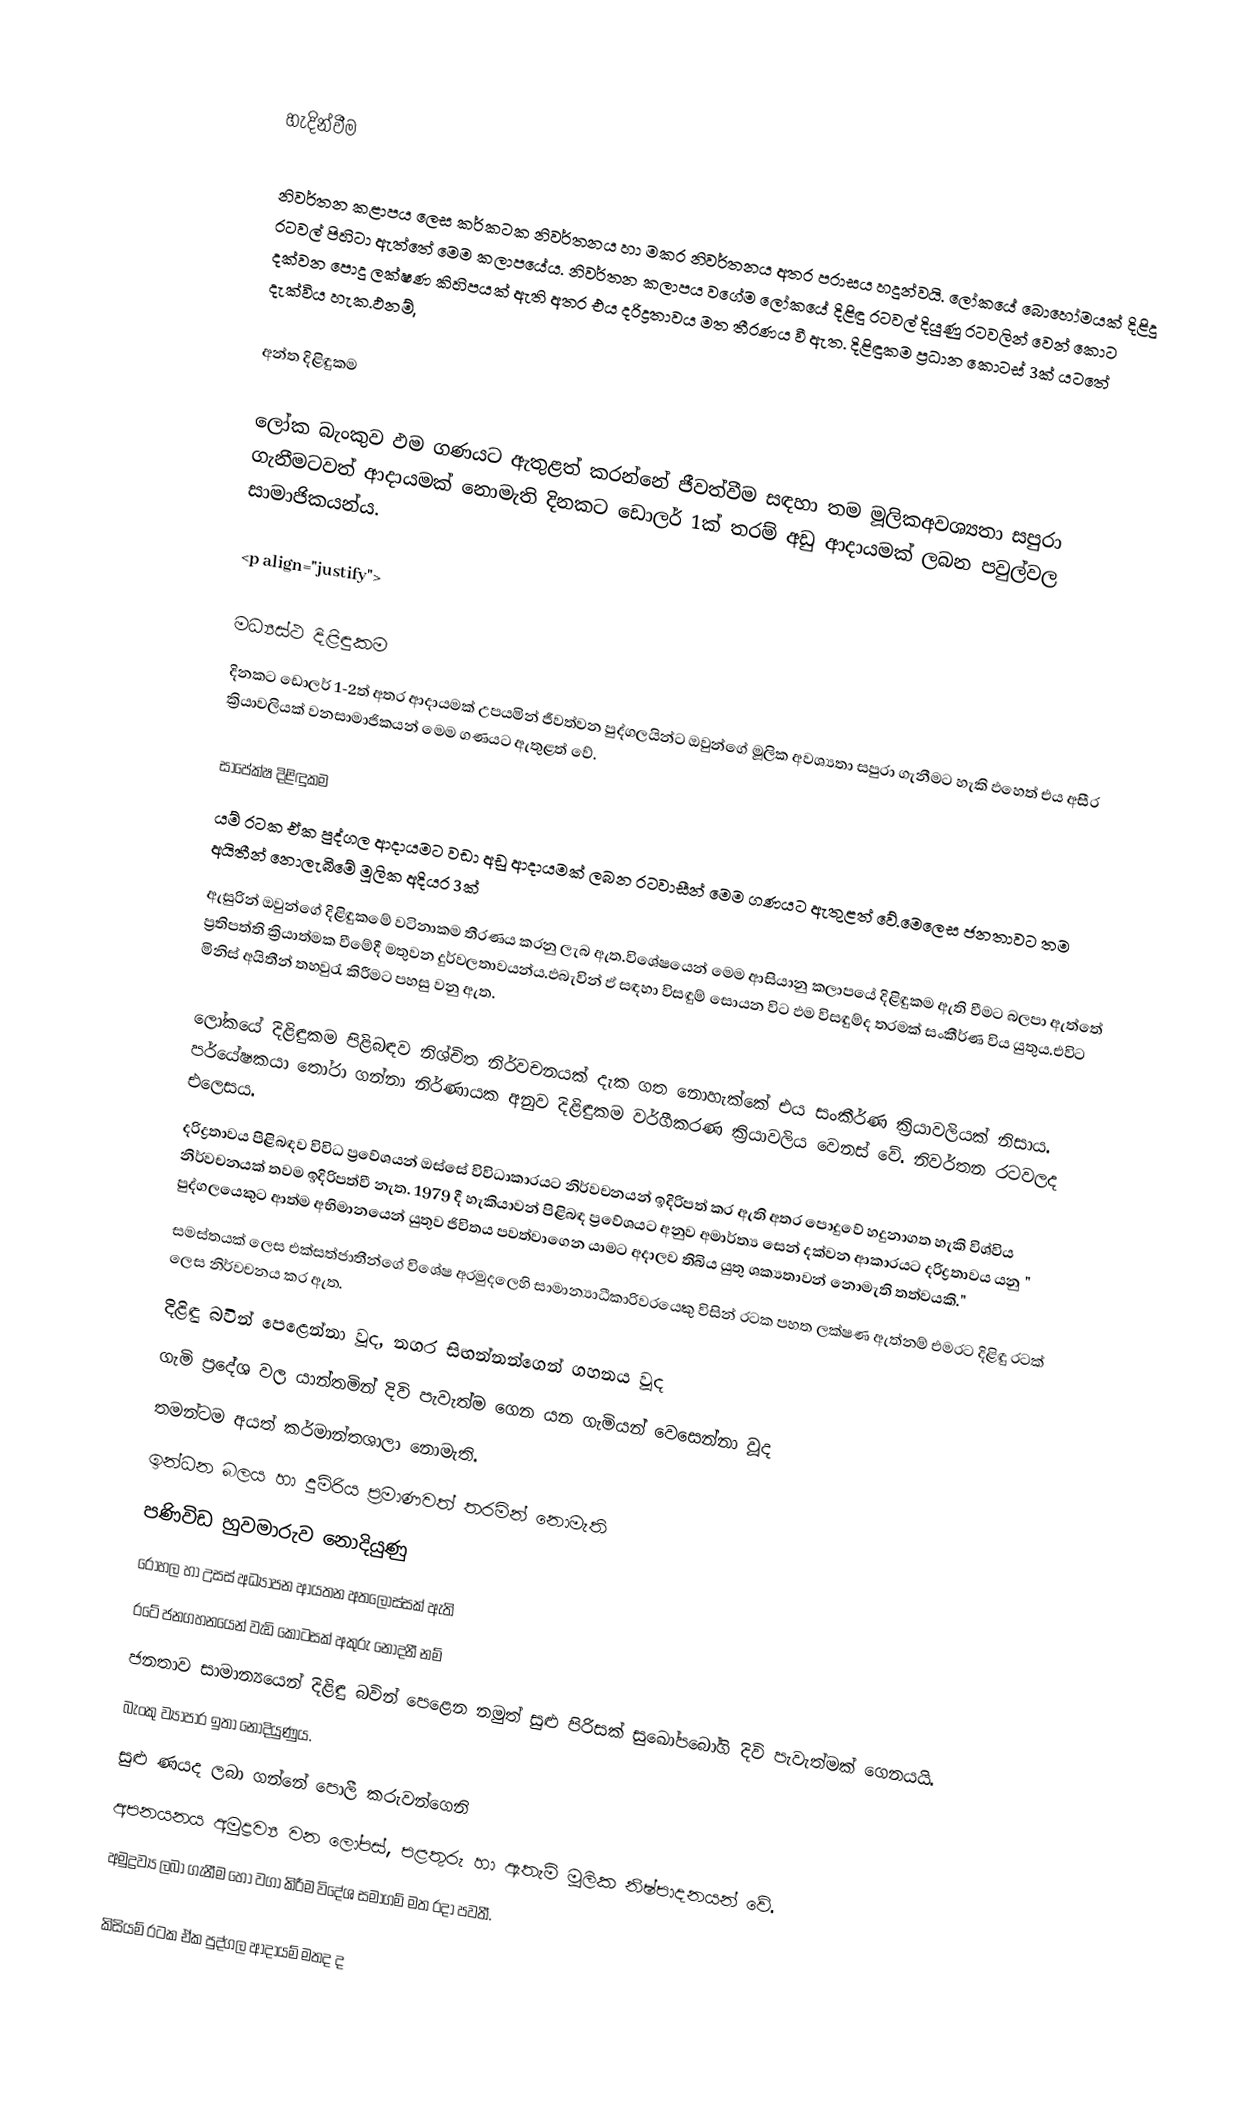

හැදින්වීම

නිවර්තන කළාපය ලෙස කර්කටක නිවර්තනය හා මකර   නිවර්තනය   අතර පරාසය හදුන්වයි. ලෝකයේ බොහෝමයක් දිළිදු රටවල් පිහිටා ඇත්තේ මෙම කලාපයේය. නිවර්තන කලාපය වගේම ලෝකයේ දිළිඳු රටවල් දියුණු රටවලින් වෙන් කොට දක්වන පොදු ලක්ෂණ කිහිපයක් ඇති අතර එය දරිද්‍රතාවය මත තීරණය වී ඇත. දිළිඳුකම ප්‍රධාන කොටස් 3ක් යටතේ දැක්විය හැක.ඵනම්,

අන්ත දිළිඳුකම

ලෝක බැංකුව ඵම ගණයට ඇතුළත් කරන්නේ ජීවත්වීම සඳහා තම මූලිකඅවශ්‍යතා සපුරා ගැනීමටවත් ආදායමක් නොමැති දිනකට ඩොලර් 1ක් තරම් අඩු ආදායමක් ලබන පවුල්වල සාමාජිකයන්ය.

<p align="justify">

මධ්‍යස්ථ දිළිඳුකම
දිනකට ඩොලර් 1-2ත් අතර ආදායමක් උපයමින් ජීවත්වන පුද්ගලයින්ට ඔවුන්ගේ මූලික අවශ්‍යතා සපුරා ගැනීමට හැකි ඵහෙත් එය අසීර ක්‍රියාවලියක් වනසාමාජිකයන් මෙම ගණයට ඇතුළත් වේ.‍

සාපේක්ෂ දිළිඳුකම
යම් ර‍ටක ඒක පුද්ගල ආදායමට වඩා අඩු ආදායමක් ලබන රටවාසීන් මෙම ගණයට ඇතුළත් වේ.‍මෙලෙස ජනතාවට තම අයිතීන් නොලැබීමේ මූලික අදියර 3ක්
ඇසුරින් ඔවුන්ගේ දිළිඳුකමේ වටිනාකම තීරණය කරනු ලැබ ඇත.විශේෂයෙන් මෙම ආසියානු කලාපයේ දිළිඳුකම ඇති වීමට බලපා ඇත්තේ ප්‍රතිපත්ති ක්‍රියාත්මක වීමේදී මතුවන දුර්වලතාවයන්ය.ඵබැවින් ඵ් සඳහා විසඳුම් සොයන විට  ඵම විසඳුම්ද තරමක් සංකීර්ණ විය යුතුය.එවිට මිනිස් අයිතීන් තහවුරැ කිරීමට පහසු වනු ඇත.

ලෝකයේ දිළිඳුකම පිළිබඳව නිශ්චිත නිර්වචනයක් දැක ගත නොහැක්කේ එය සංකීර්ණ ක්‍රියාවලියක් නිසාය. පර්යේෂකයා තෝරා ගන්නා නිර්ණායක අනුව දිළිඳුකම වර්ගීකරණ ක්‍රියාවලිය වෙනස් වේ. නිවර්තන රටවලද එලෙසය.
දරිද්‍රතාවය පිළිබඳව විවිධ ප්‍ර‍‍‍වේශයන් ඔස්සේ විවිධාකාරයට නිර්වචනයන් ඉදිරිපත් කර ඇති අතර ‍පොදුවේ හදුනාගත හැකි විශ්විය නිර්වචනයක් තවම ඉදිරිපත්වී නැත. 1979 දී හැකියාවන් පිළිබඳ ප්‍ර‍වේශයට අනුව අමාර්ත්‍ය සෙන් දක්වන ආකාරයට දරිද්‍රතාවය යනු " පුද්ගලයෙකුට ආත්ම අභිමානයෙන් යුතුව ජිවිතය පවත්වාගෙන යාමට අදාලව තිබිය යුතු ශක්‍යතාවන් නොමැති තත්වයකි."
සමස්තයක් ලෙස එක්සත්ජාතීන්ගේ විශේෂ අරමුදලෙහි සාමාන්‍යාධීකාරිවරයෙකු විසින් රටක පහත ලක්ෂණ ඇත්නම් එමරට දිළිඳු රටක් ලෙස නිර්වචනය කර ඇත.
දිළිඳු බවින් පෙළෙන්නා වූද, නගර සිඟන්නන්ගෙන් ගහනය වූද
ගැමි ප්‍රදේශ වල  යාන්තමින් දිවි පැවැත්ම ගෙන යන ගැමියන් වෙසෙන්නා වූද
තමන්ටම අයත් කර්මාන්තශාලා නොමැති.
ඉන්ධන බලය හා දුම්රිය ප්‍රමාණවත් තරමින් නොමැති
පණිවිඩ හුවමාරුව නොදියුණු
රෝහල හා උසස් අධ්‍යාපන ආයතන අතලොස්සක් ඇති
රටේ ජනගහනයෙන් වැඩි කොටසක් අකුරු නොදනී නම්
ජනතාව සාමාන්‍යයෙන් දිළිඳු බවින් පෙළෙන නමුත් සුළු පිරිසක් සුඛෝප‍‍‍බෝගි දිවි පැවැත්මක් ගෙනයයි.
බැංකු ව්‍යාපාර ඉතා නොදියුණුය.
සුළු ණයද ලබා ගන්නේ පොලී කරුවන්ගෙනි
අපනයනය අමුද්‍රව්‍ය වන ලෝපස්, පළතුරු හා ඇතැම් මූලික නිෂ්පාදනයන් වේ.
අමුද්‍රව්‍ය ලබා ගැනීම හෝ වගා කිරීම විදේශ සමාගම් මත රදා පවතී.

කිසියම් රටක ඒක පුද්ගල ආදායම් මතද ද